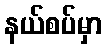
နယ်စပ်မှာ